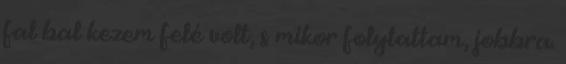
fal bal kezem felé volt, s mikor folytattam, jobbra.